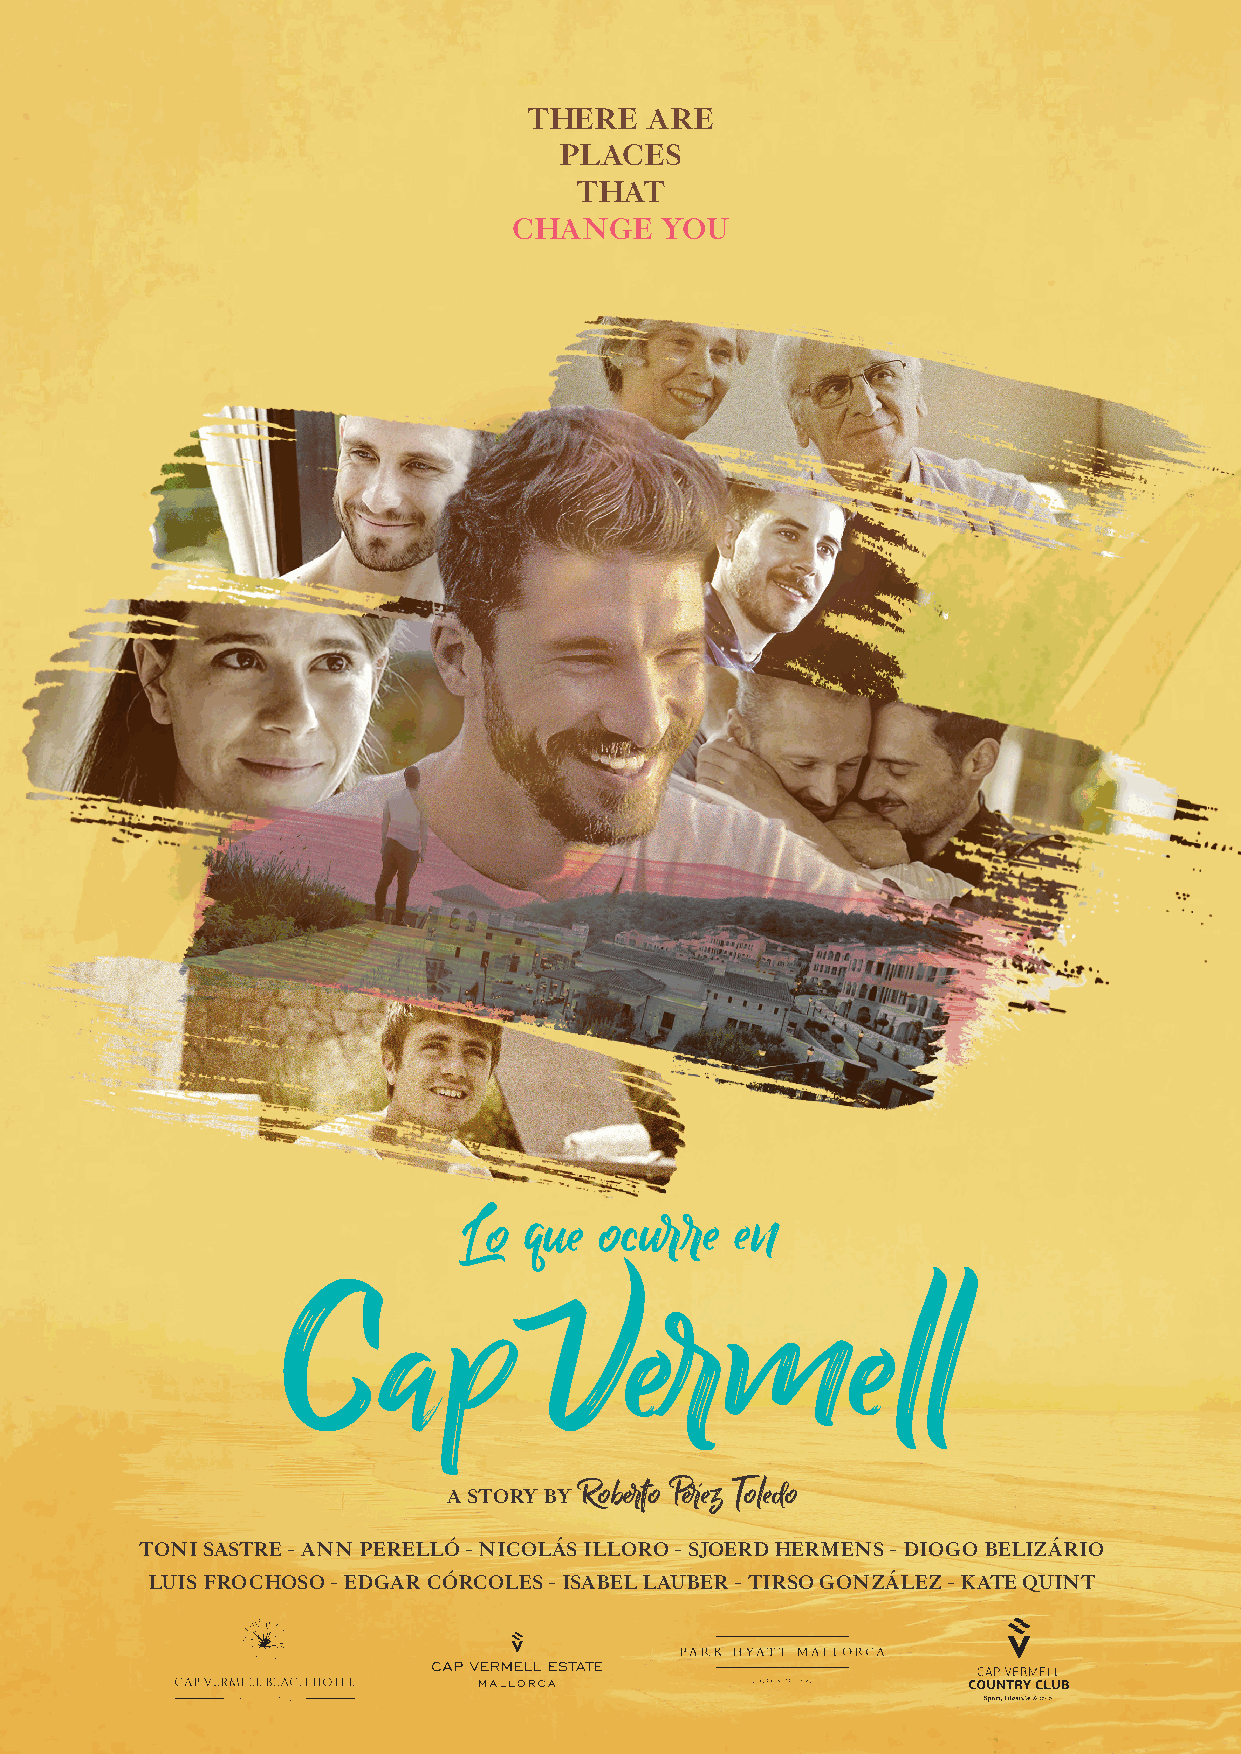
THERE   ARE
 PLACES
 THAT
 CHANGE    YOU
 Roberto Perez Toledo
 A STORY BY
 TONI SASTRE - ANN PERELLÓ - NICOLÁS ILLORO - SJOERD HERMENS - DIOGO BELIZÁRIO
 LUIS FROCHOSO - EDGAR CÓRCOLES - ISABEL LAUBER - TIRSO GONZÁLEZ - KATE QUINT